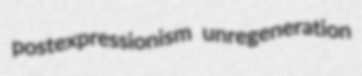
postexpressionism unregeneration